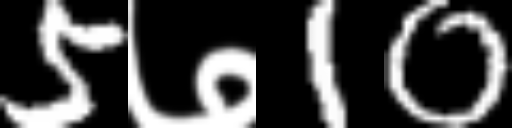
Text: 5७10